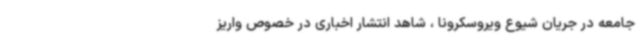
جامعه در جریان شیوع ویروسکرونا ، شاهد انتشار اخباری در خصوص واریز